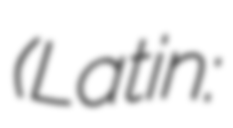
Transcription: (Latin: